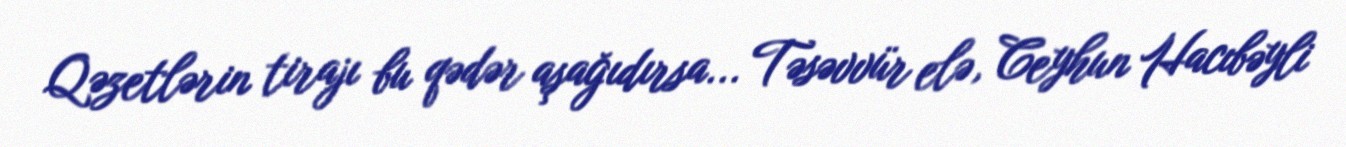
Qəzetlərin tirajı bu qədər aşağıdırsa... Təsəvvür elə, Ceyhun Hacıbəyli